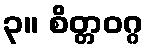
၃။ စိတ္တဝဂ္ဂ